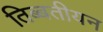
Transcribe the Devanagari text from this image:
तिब्‍बतीयन